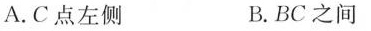
A.C点左侧 B.BC之间